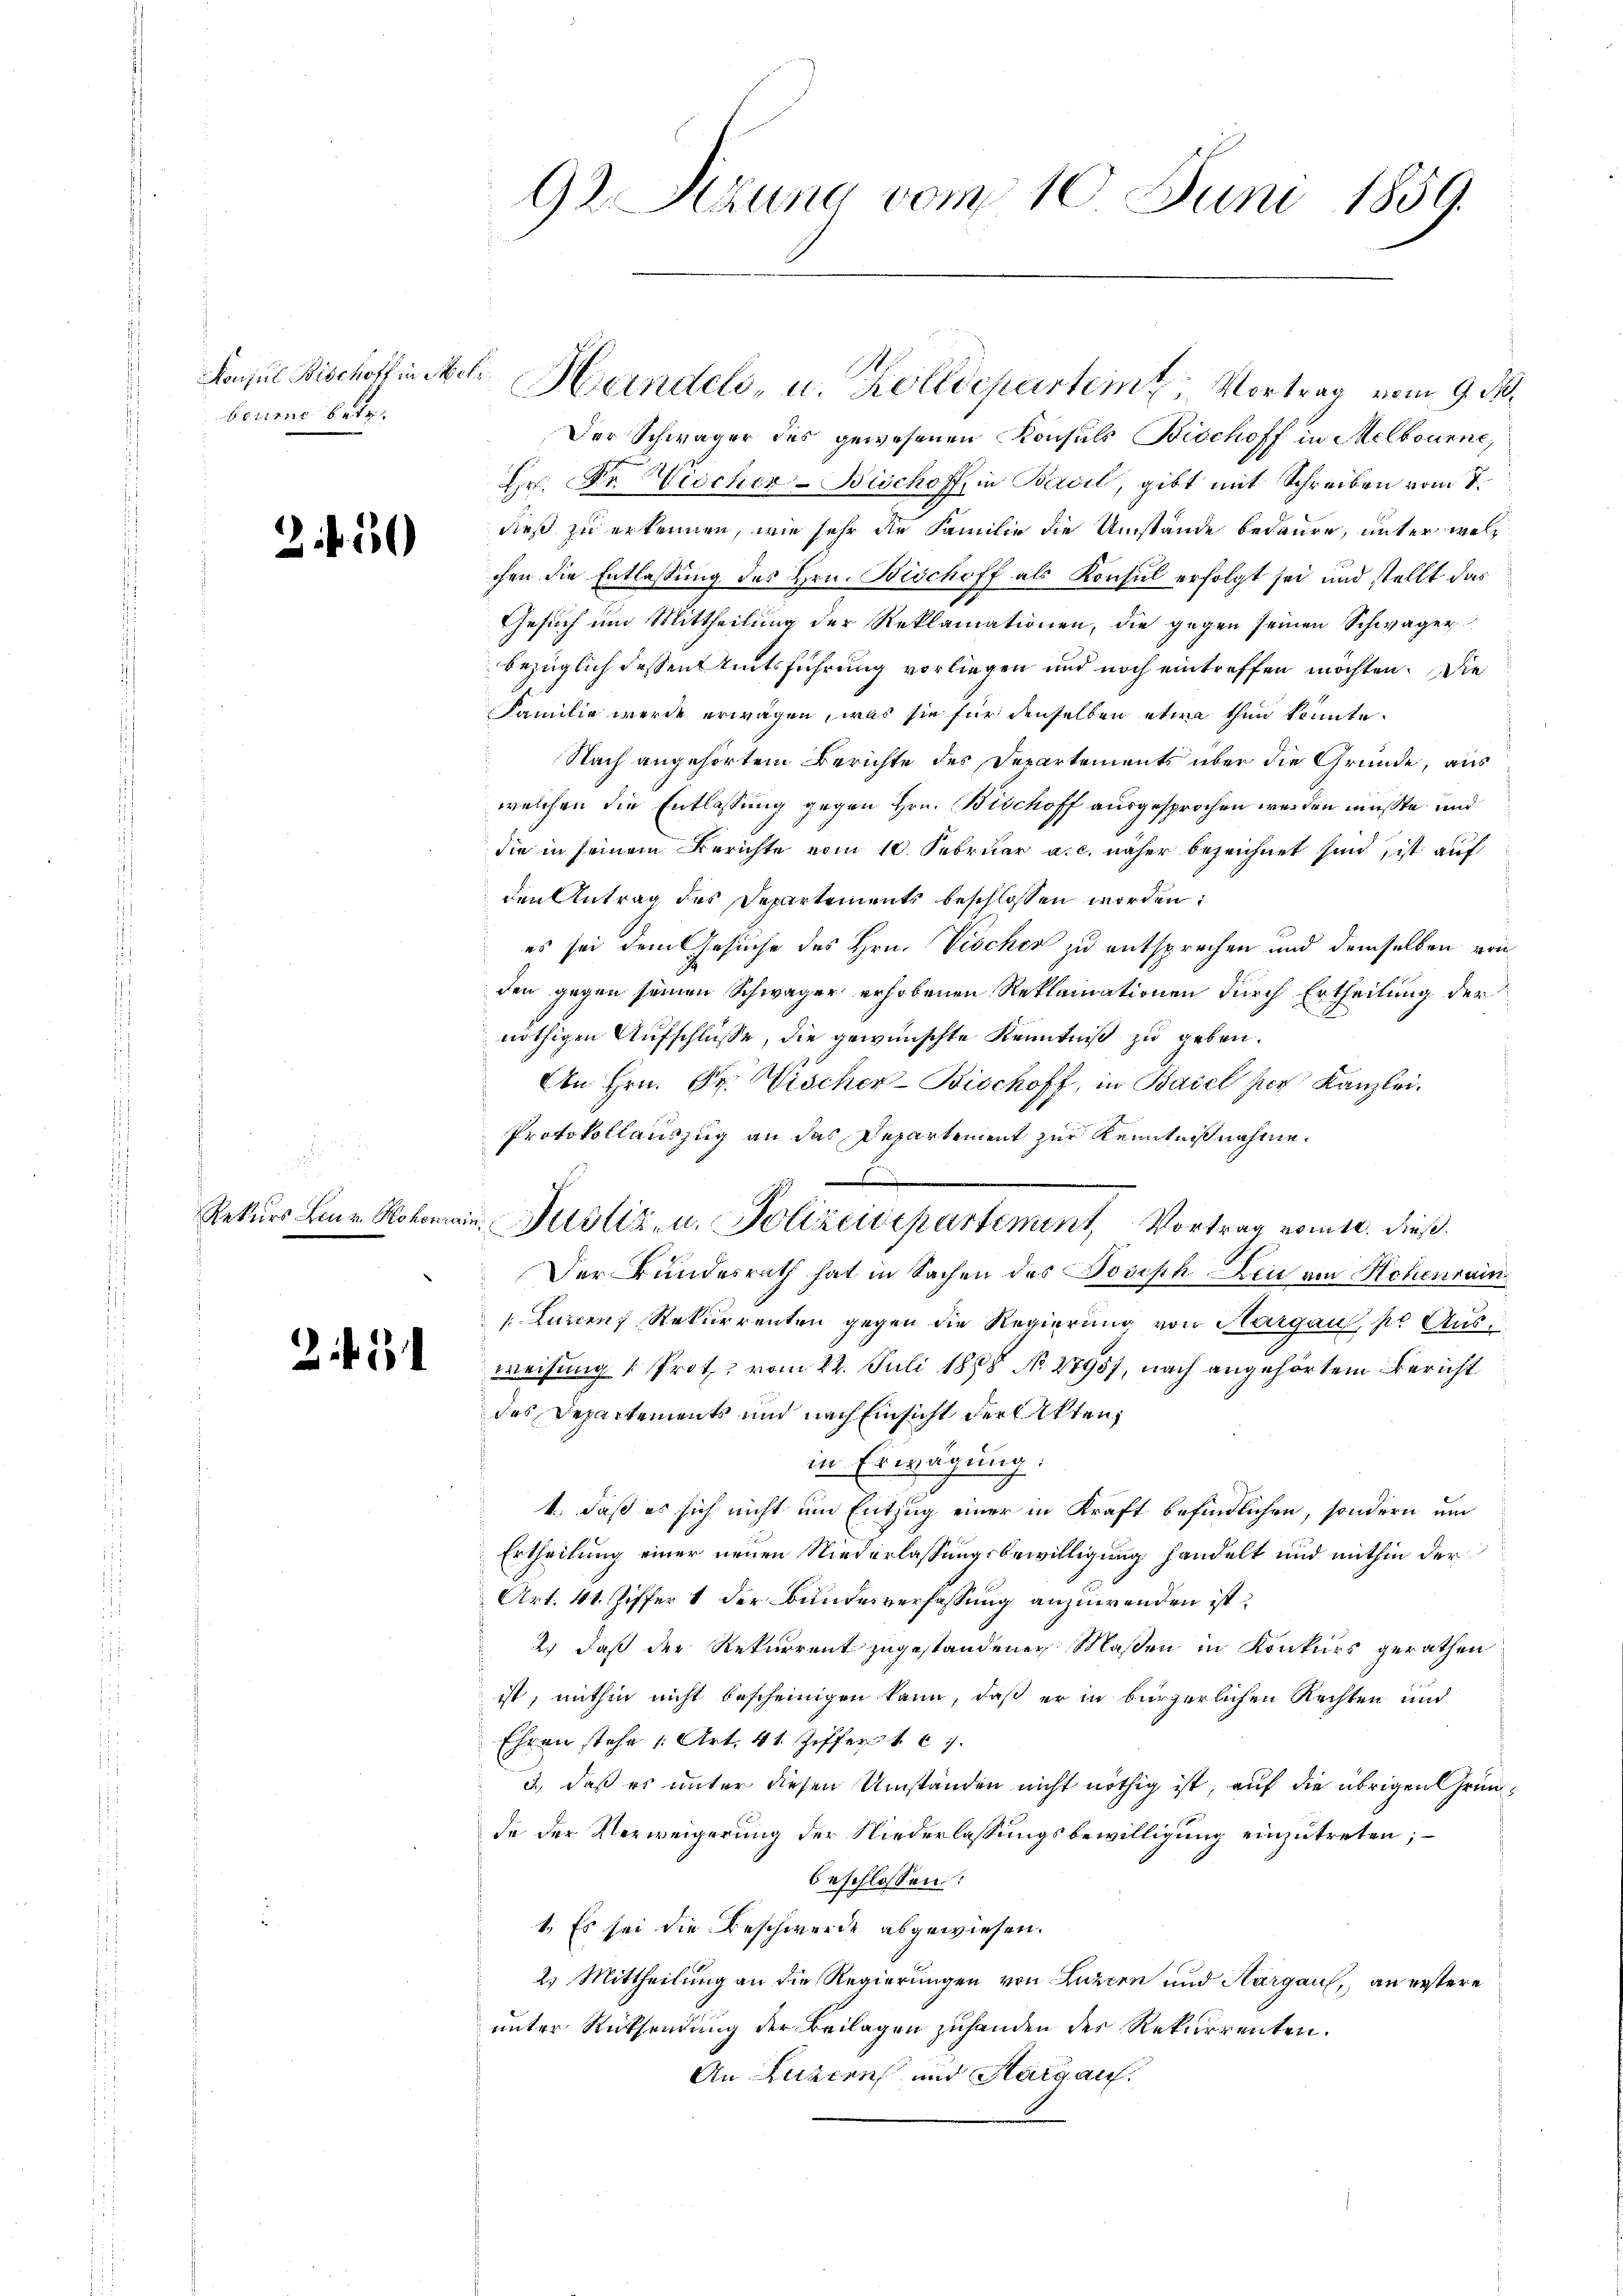
Konsul Bischoff in Meli
brurne betr.

3 f 50

c

.

Handels, u. Zolldeparteint. Vortrag vom 9. M
Der Schwäger des gewesenen Konsuls Bischoff in Melbourne,
Hr. Fr. Wischer-Bischoff in Basel, gibt mit Schreiben vom 7.
dieß zu erkennen, wie sehr die Familie die Umstände bedaure, unter welchen die Entlassung des Hrn. Bischoff als Konsul erfolgt sei und stellt das
Gesuch um Mittheilung der Reklamationen, die gegen seinen Schwäger
bezüglich dessen Amtsführung vorliegen und noch eintreffen möchten. Die
Familie werde erwägen, was sie für denselben etwa thun konnte.
Nach angehörtem Berichte des Derartements über die Gründe, aus
welchen die Entlassung gegen Hrn. Bischoff ausgesprochen werden müßte und
die in seinem Berichte vom 10. Februar a. c. näher bezeichnet sind, ist auf
den Antrag des Departements beschlossen worden:
es sei dem Gesuche des Hrn. Vischer zu entsprechen und demselben von
den gegen seinen Schwager erhobenen Reklamationen durch Ertheilung der
nöthigen Aufschlüsse, die gewünschte Kenntniß zu geben.
An Hrn. Sr. Wischer-Bischoff, in Basel zur Kanzlei.
Protokollauszug an das Departement zur Kenntniß nahme.
Der Bundesrath hat in Sachen des Joseph Leid von Hohenrain
Luzcenz Rekurrenten gegen die Regierung von Margau, pr Aus-
weisung [ Prot. vom 22. Juli 1888 No. 27957, nach angehörtem Bericht
des Departements und nach Einsicht der Akten,
in Erwägung.
4., daß es sich nicht um Entzug einer in Kraft befindlichen, sondern um
Ertheilung einer neuen Niederlassungsbewilligung handelt und mithin der
Art. 41. Ziffer 1 der Bundesverfassung anzuwenden ist.
2) daß der Rekurrent zugestandenen Maßen in Konkurs gerathen
ist, mithin nicht bescheinigen kann, daß er in bürgerlichen Rechten und
Ehren stehe 1 Art. 41 Ziffer 167.
3), daß es unter diesen Umständen nicht nöthig ist, auf die übrigen Gründe der Verweigerung der Niederlassungsbewilligung einzutreten;
beschlossen:
1. Es sei die Beschwerde abgewiesen.
2. Mittheilung an die Regierungen von Luzern und Aargau, an erstere
unter Rücksendung der Beilagen zuhanden des Rekurrenten.
An Luzern und Sarg auf.

92 Sitzung vom 10. Juni 1859.

Rekŭrs Lonr. Hohomain. Justiz- u. Polizeidepartement, Vortrag vom 10. dieß¬